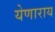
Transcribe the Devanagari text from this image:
येणाराय